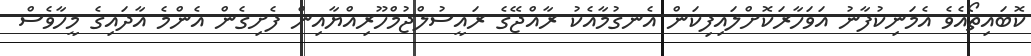
ކޮބައިތޯއެވެ އެމަނިކުފާނު އަވަހާރަކޮށްލައިފިކަން އެނގުމާއެކު ރާއްޖޭގެ ރައީސުލްޖުމްހޫރިއްޔާއިން ފެށިގެން އެންމެ އާދައިގެ މީހާވެސް